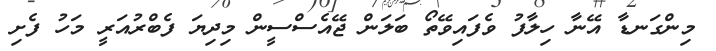
މިންގަނޑާ އޭނާ ހިލާފު ވެފައިވޭތޯ ބަލަން ޖޭއެސްސީން މިދިޔަ ފެބްރުއަރީ މަހު ފެށި